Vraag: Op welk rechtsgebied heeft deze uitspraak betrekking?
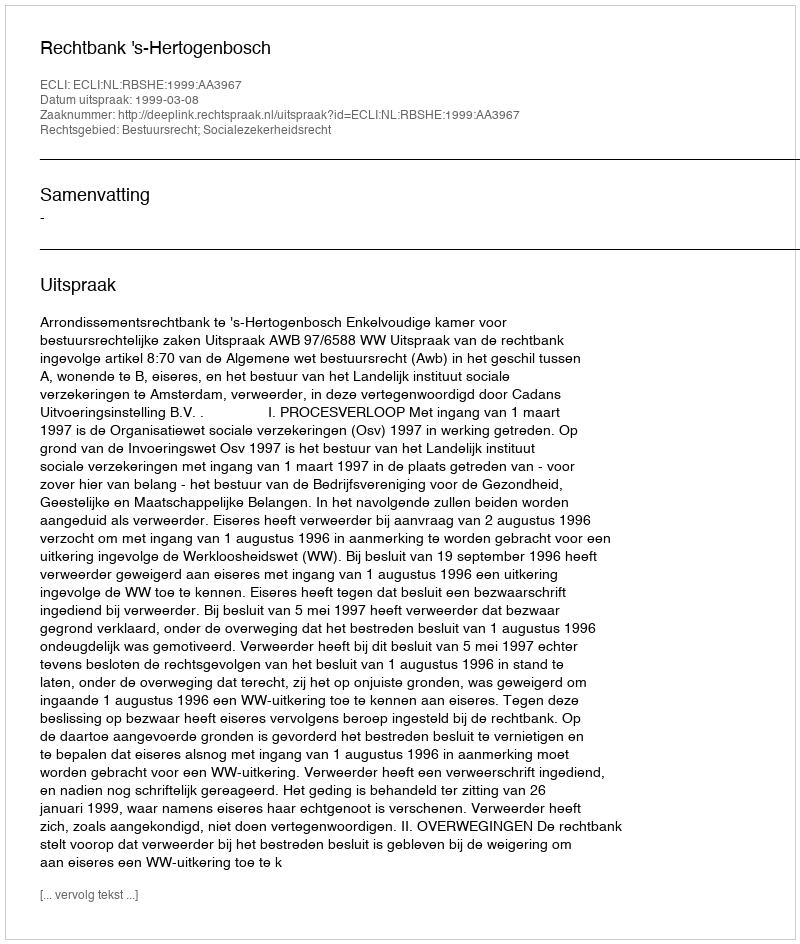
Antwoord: Bestuursrecht; Socialezekerheidsrecht